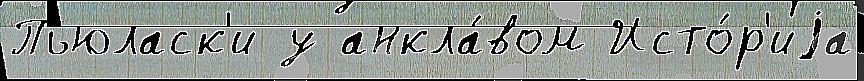
Пьюласк'и у анкла́вом Исто́р'иjа